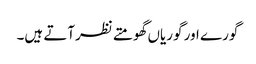
گورے اور گوریاں گھومتے نظرآتے ہیں۔